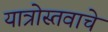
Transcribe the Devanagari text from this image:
यात्रोस्तवाचे